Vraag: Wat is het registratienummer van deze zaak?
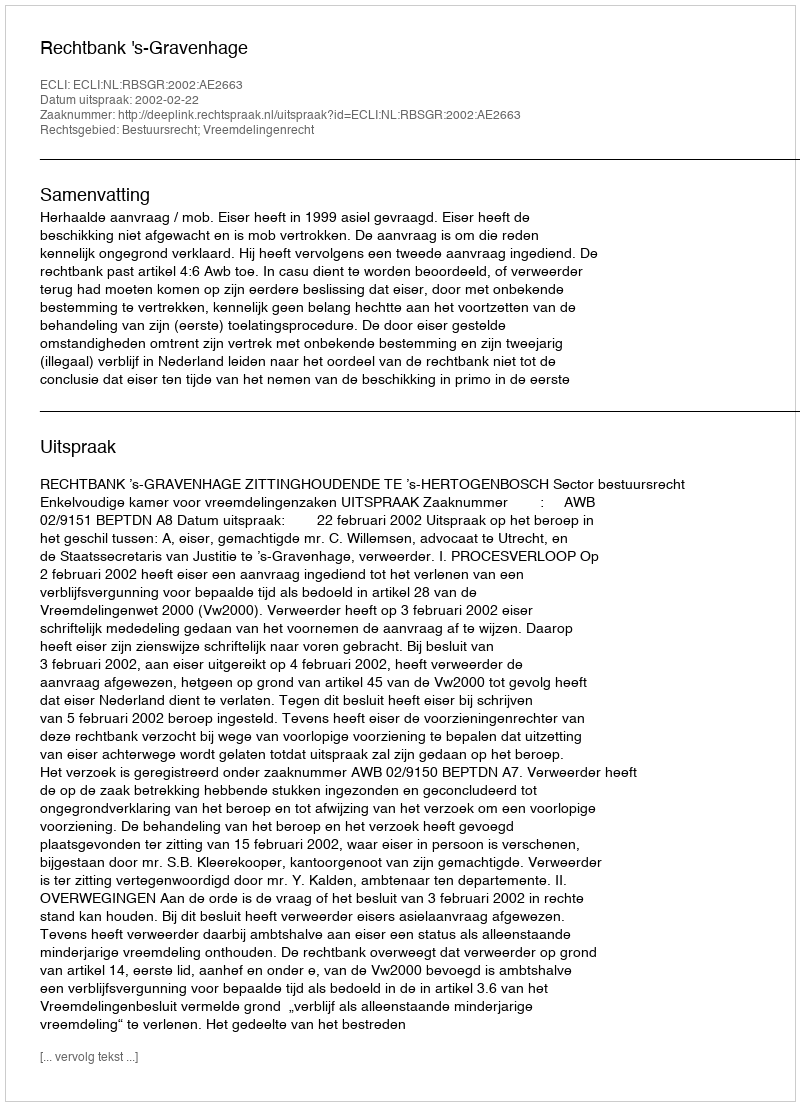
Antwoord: http://deeplink.rechtspraak.nl/uitspraak?id=ECLI:NL:RBSGR:2002:AE2663